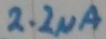
Text: 2.2µA